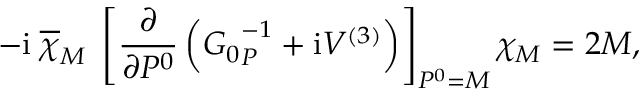
- \mathrm { i } \; \overline { { \chi } } _ { M } \; \left[ \frac { \partial } { \partial P ^ { 0 } } \left( { G _ { 0 } } _ { P } ^ { - 1 } + \mathrm { i } V ^ { ( 3 ) } \right) \right] _ { P ^ { 0 } = M } \chi _ { M } = 2 M ,